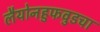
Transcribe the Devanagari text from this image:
लैयोनहुफवुडचा